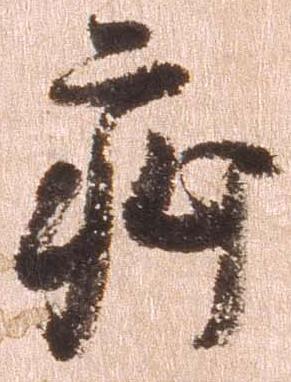
疵